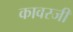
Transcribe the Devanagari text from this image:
कावस्जी